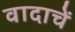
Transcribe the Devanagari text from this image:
वादाचें